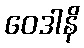
ဝေဒါနိ